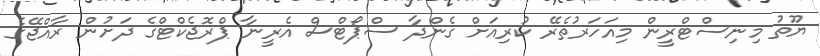
ޔޫތު މިނިސްޓްރީން މިއަހަރުތެރޭ ކުރިއަށް ގެންދާ ސްޕޯޓްސް އެރީނާ ޕްރޮޖެކްޓްގެ ދަށުން ރާއްޖޭގެ